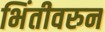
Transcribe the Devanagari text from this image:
भिंतीवरुन